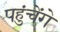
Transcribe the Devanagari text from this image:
पहुंचेंगे